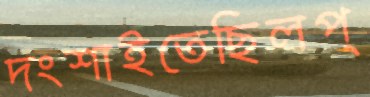
দংশাইতেছিলপ্